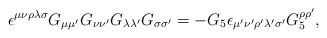
\begin{align*}\epsilon^{\mu\nu\rho\lambda\sigma} G_{\mu\mu'} G_{\nu\nu'} G_{\lambda \lambda'}G_{\sigma\sigma'} = - G_5 \epsilon_{\mu' \nu' \rho' \lambda' \sigma'}G_5^{\rho\rho'},\end{align*}